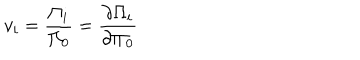
v _ { i } = \frac { \Pi _ { i } } { \Pi _ { 0 } } = \frac { \partial { \Pi _ { i } } } { \partial { \Pi _ { 0 } } }